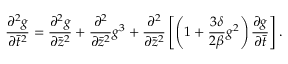
\frac { \partial ^ { 2 } g } { \partial \bar { t } ^ { 2 } } = \frac { \partial ^ { 2 } g } { \partial \bar { z } ^ { 2 } } + \frac { \partial ^ { 2 } } { \partial \bar { z } ^ { 2 } } g ^ { 3 } + \frac { \partial ^ { 2 } } { \partial \bar { z } ^ { 2 } } \left[ \left( 1 + \frac { 3 \delta } { 2 \beta } g ^ { 2 } \right) \frac { \partial g } { \partial \bar { t } } \right] .